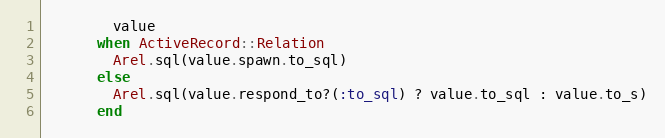
Language: Ruby
        value
      when ActiveRecord::Relation
        Arel.sql(value.spawn.to_sql)
      else
        Arel.sql(value.respond_to?(:to_sql) ? value.to_sql : value.to_s)
      end